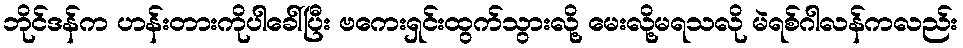
ဘိုင်ဒန်က ဟန်းတားကိုပါခေါ်ပြီး ဗကေးရှင်းထွက်သွားလို့ မေးလို့မရသလို မဲရစ်ဂါလန်ကလည်း